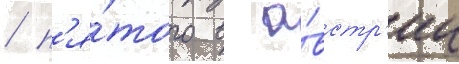
/ п'я́того в а́встр'ии